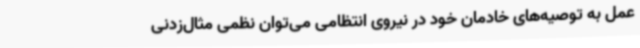
عمل به توصیه‌های خادمان خود در نیروی انتظامی می‌توان نظمی مثال‌زدنی